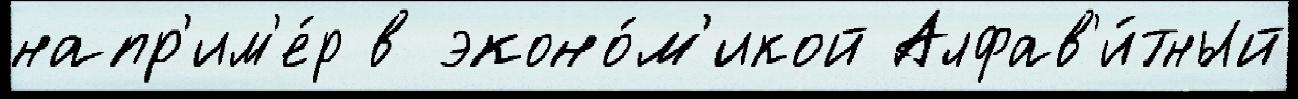
напр'им'е́р в эконо́м'икой Алфав'и́тный